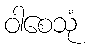
ဝါစေသုံ